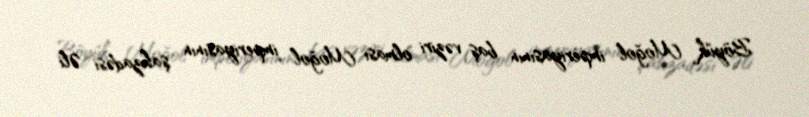
Böyük Moğol imperiyasının baş vəziri olması Moğol imperiyasının şahzadəsi Əli